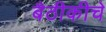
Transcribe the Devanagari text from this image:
बैठीकीचे